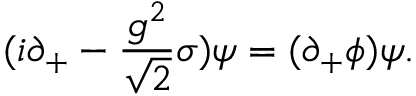
{ ( i \partial _ { + } - { \frac { g ^ { 2 } } { \sqrt { 2 } } } \sigma ) \psi = ( \partial _ { + } \phi ) \psi . }